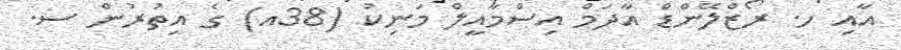
އާއި ހ. ރޯޒްލޭންޑް އާދަމް އިސްމާއީލް މަނިކު (38އ) ގެ އިތުރުން ސ.